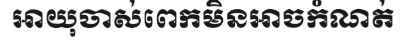
អាយុចាស់ពេកមិនអាចកំណត់